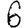
Digit: 6